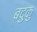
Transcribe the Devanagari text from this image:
बदुकु